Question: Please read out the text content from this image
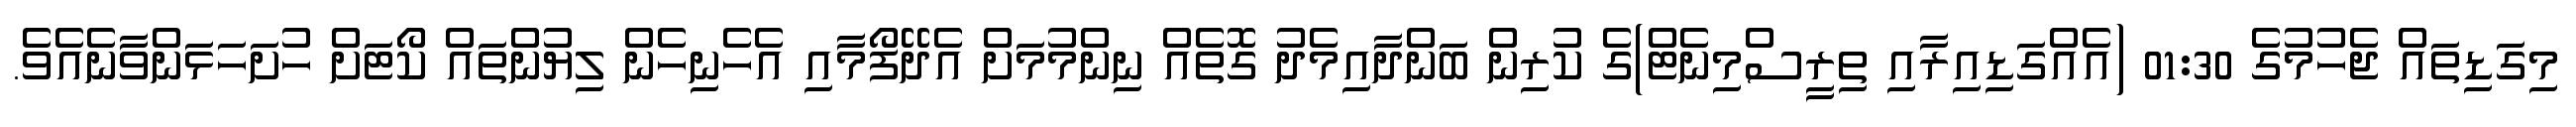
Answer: މިގަޑިތައް ޖެހުމުގެ 01:30 (އެއްގަޑިއިރާއި ތިރީސްމިނެޓް)ގެ ކުރިން ބަންދާއިމެދު ގޮތެއް ނިންމުމަށް އެދޭފޯމާއި އެހެނިހެން ލިޔުންތައް ކޯޓަށް ހުށަހަޅަންވާނެއެވެ.